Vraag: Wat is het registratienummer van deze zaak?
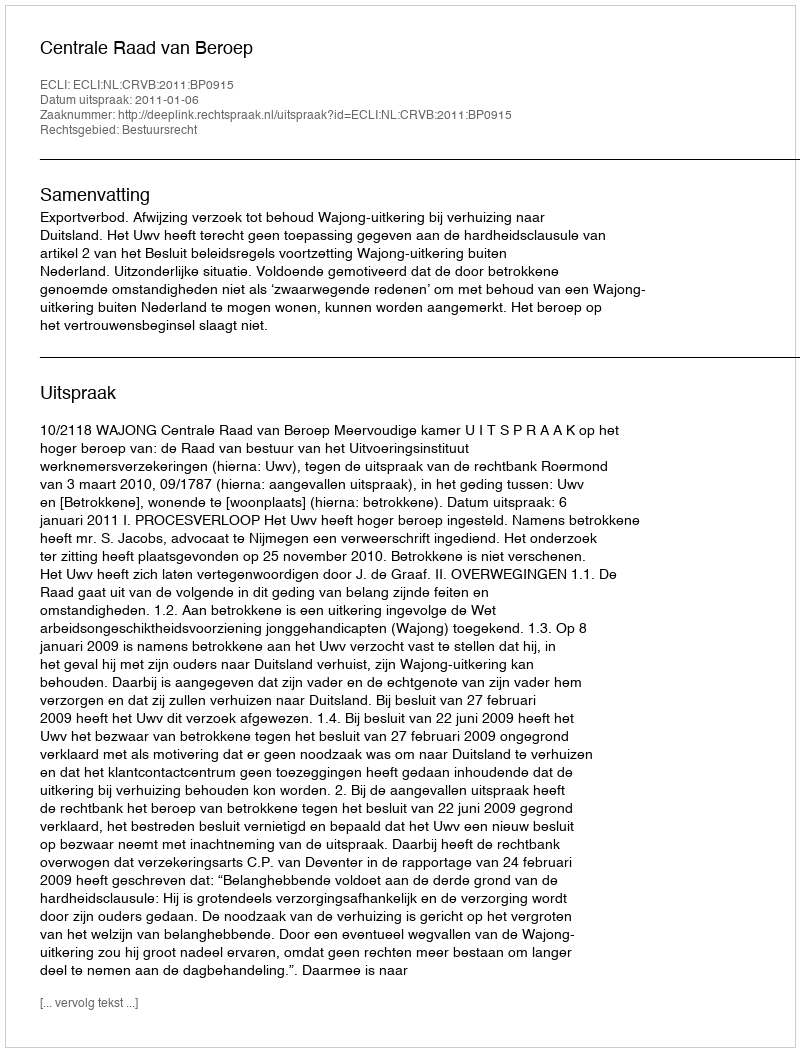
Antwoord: http://deeplink.rechtspraak.nl/uitspraak?id=ECLI:NL:CRVB:2011:BP0915